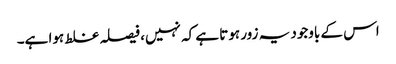
اس کے باوجود یہ زور ہوتا ہے کہ نہیں، فیصلہ غلط ہوا ہے۔